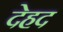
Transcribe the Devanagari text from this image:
देहद